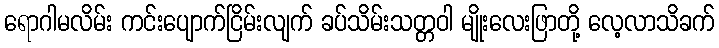
ရောဂါမလိမ်း ကင်းပျောက်ငြိမ်းလျက် ခပ်သိမ်းသတ္တဝါ မျိုးလေးဖြာတို့ လေ့လာသိခက်